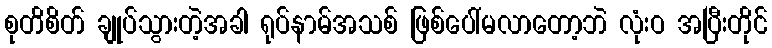
စုတိစိတ် ချုပ်သွားတဲ့အခါ ရုပ်နာမ်အသစ် ဖြစ်ပေါ်မလာတော့ဘဲ လုံးဝ အပြီးတိုင်